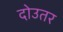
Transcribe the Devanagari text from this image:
दोउतर